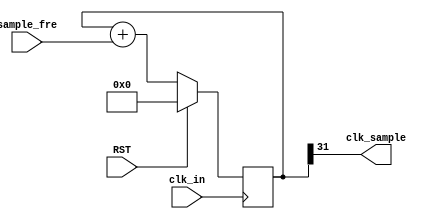
// This program was cloned from: https://github.com/Nitcloud/Digital-IDE
// License: GNU General Public License v3.0

module CLK_Sample # (
	parameter PHASE_WIDTH = 32
) (
    input                    clk_in,
    input                    RST,
    input  [PHASE_WIDTH-1:0] sample_fre,
    output		             clk_sample
);

reg  [PHASE_WIDTH-1:0] addr_r = 0;
always @(posedge clk_in) begin
	if (RST) 
		addr_r <= 32'd0;
	else 
		addr_r <= addr_r + sample_fre;
end
assign clk_sample = addr_r[PHASE_WIDTH-1];

endmodule